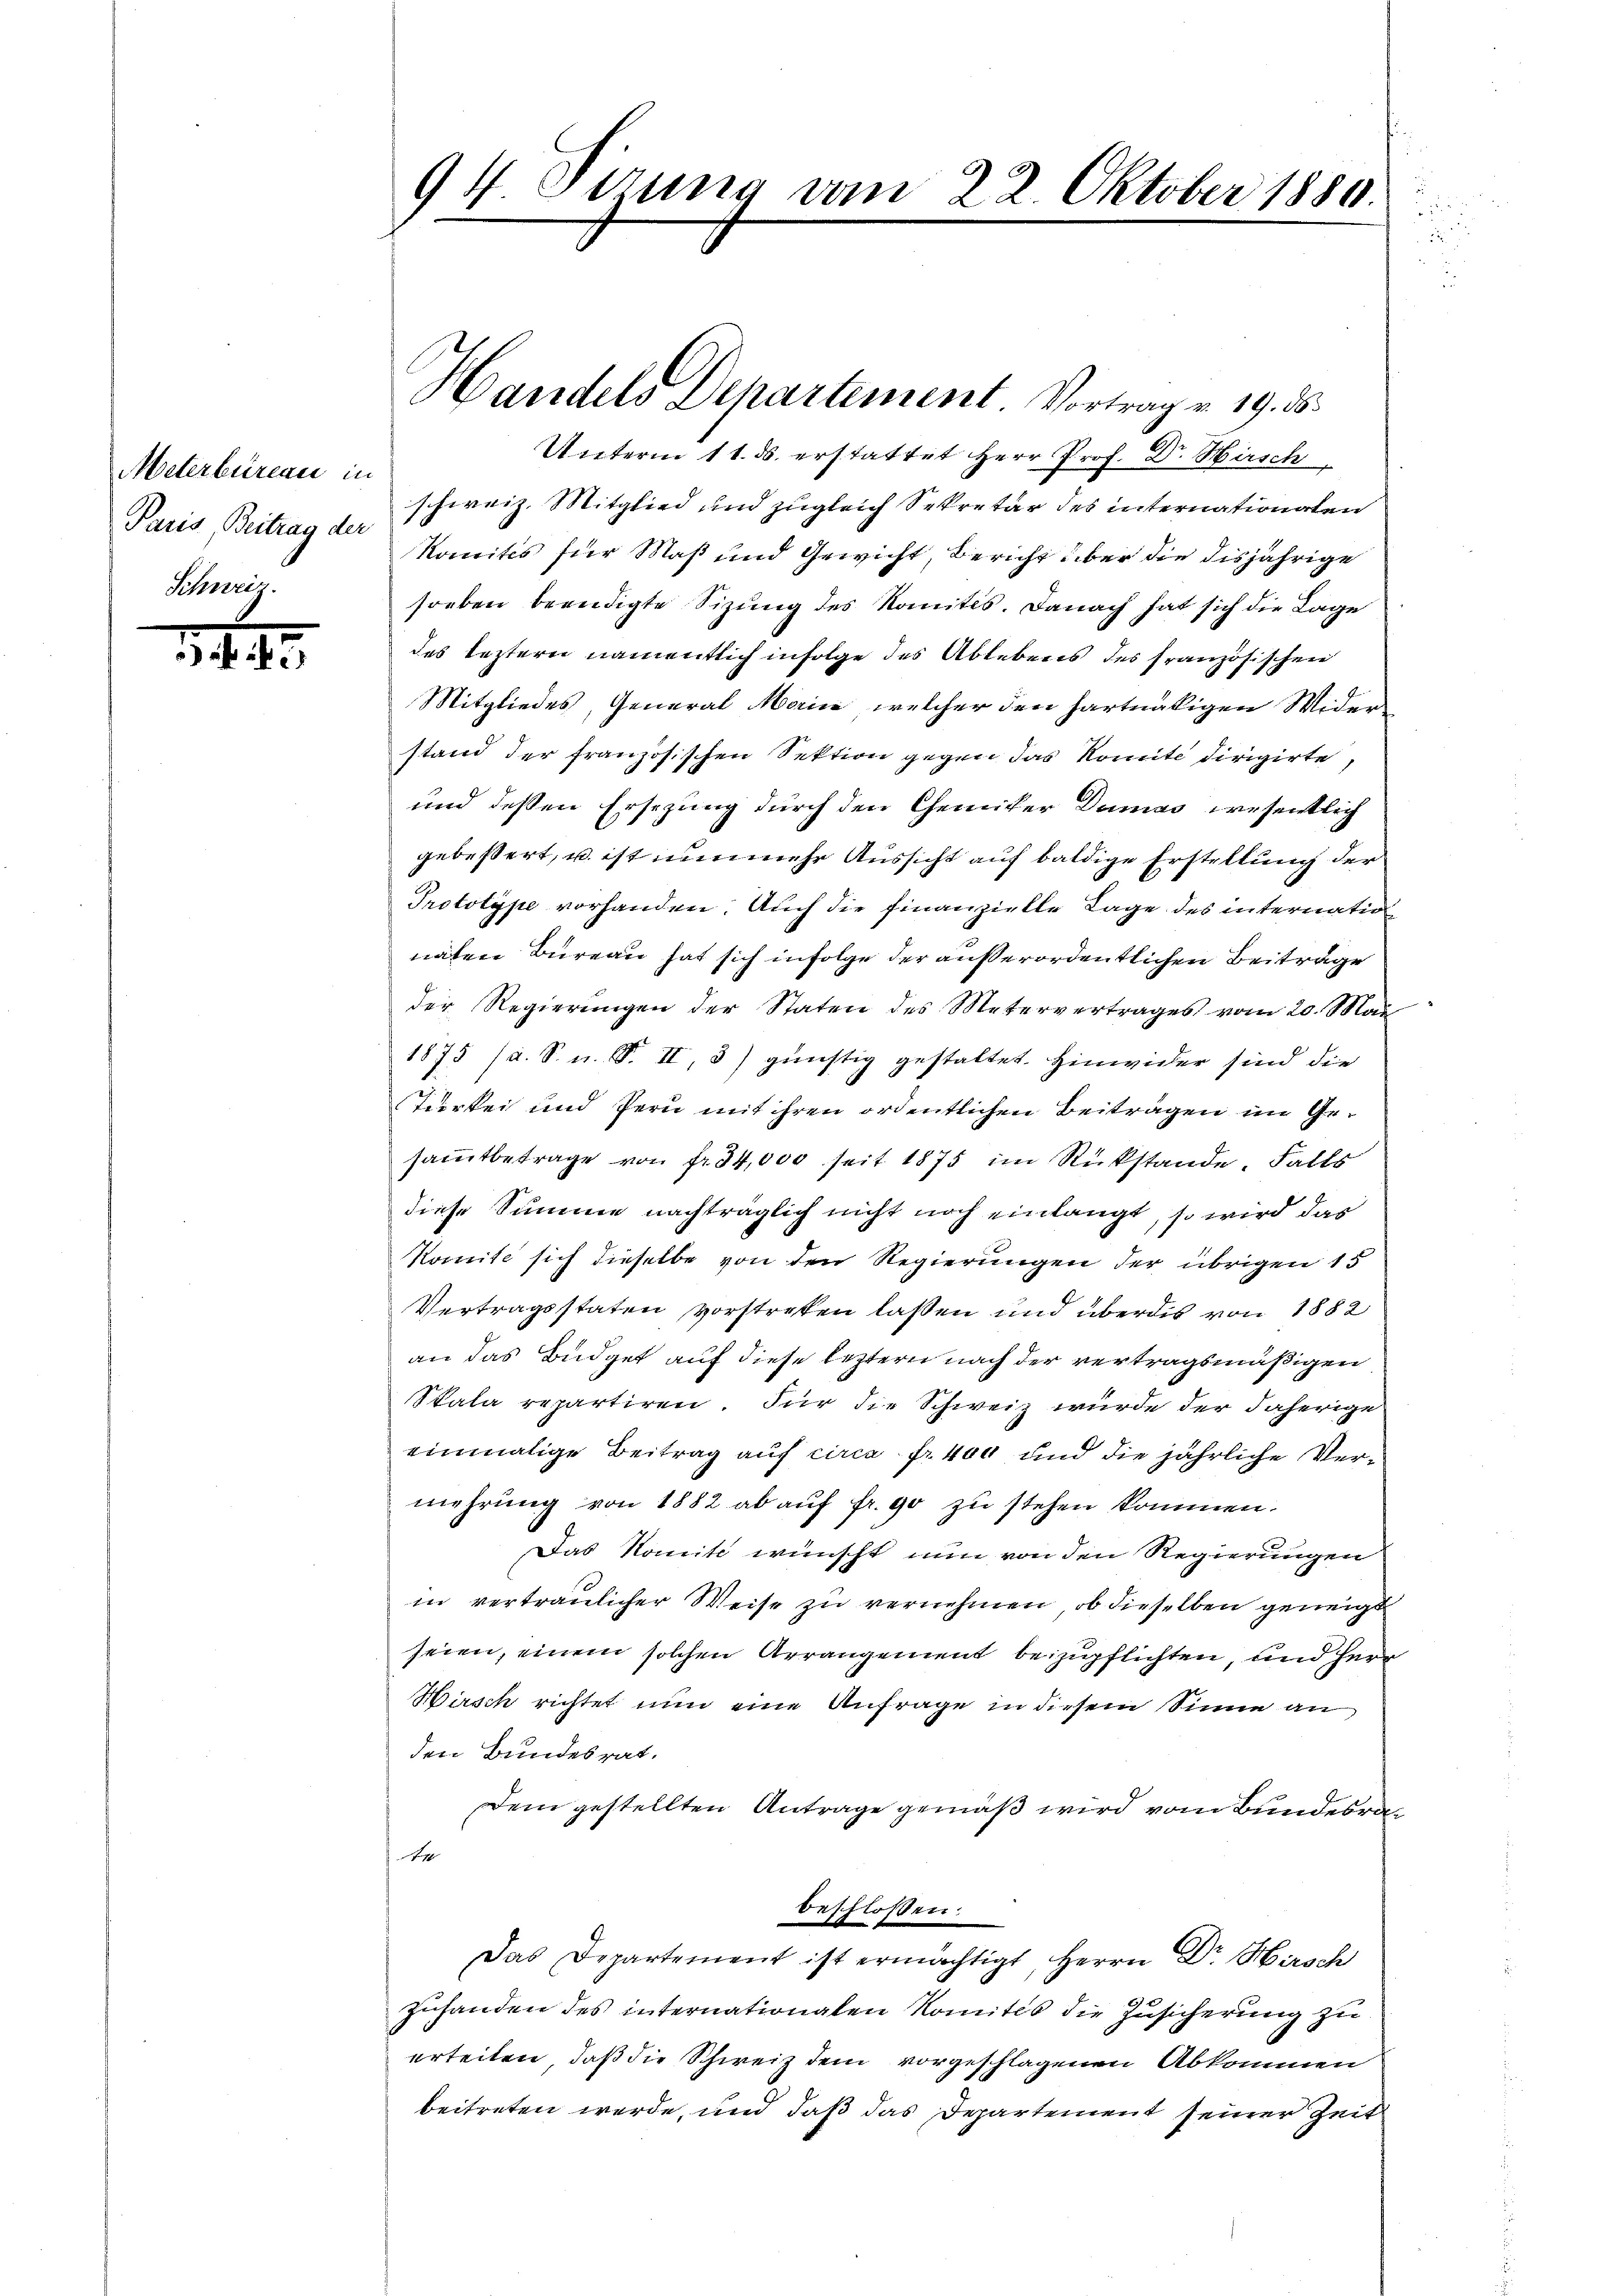
Meterbüreau in
Scheurig.

14. 41

Unterm 11. ds. erstattet Herr Prof. Dr. Hirsch
schweiz. Mitglied und zugleich Sekretär des internationalen
Paris, Beitrag der Komités für Maß und Gewicht, Bericht über die disjährige
soeben beendigte Sizung des Komites. Danach hat sich die Lage
des leztern namentlich infolge des Ablebens des französischen
Mitgliedes, General Marin, welcher den hartnätigen Wider
stand der französischen Sektion gegen das Komite dirigirte,
und deßen Ersezung durch den Chemiker Damas wesentlich
gebessert, u. ist nunmehr Aussicht auf baldige Erstellung der
Prototype vorhanden. Auch die finanzielle Lage des internatio
naten Bureau hat sich infolge der außerordentlichen Beiträge
der Regierŭngen der Staten des Metervertrages vom 20. Mai.
1875 (a. S. n. F. II, 3) günstig gestaltet. Hinwider sind die
Turtei und fern mit ihren ordentlichen Beitragen im Gesammtbetrage von fr. 34,000 seit 1875 im Rückstande. Falls
diese Summe nachträglich nicht noch einlangt, so wird das
Komite sich dieselbe von den Regierungen der übrigen 15
Vertragsstaten vorstreten laßen und überdis von 1882
an das Büdget auf diese leztern nach der vertragsmäßigen
Skala repartiren. Für die Schweiz wurde der Fäherige
einmalige Beitrag auf circa Fr. 400 und die jährliche Vermehrung von 1882 ab auf fr. 90 zu stehen kommen.
Das Komite wünscht nun von den Regierungen
in vertraulicher Weise zu vernehmen, ob dieselben geneigt
seien, einem solchen Arrangement beizupflichten, und Herr
Würsch richtet nun eine Anfrage in diesem Sinne an
den Bundesrat.
Dem gestellten Antrage gemäß wird vom Bundesra¬
7
beschlossen:
Das Departement ist ermächtigt, Herrn Dr. Hirsch
zuhanden des internationalen Komites die Zusicherung zu
erteilen, daß die Schweiz dem vorgeschlagenen Abkommen
beitreten werde, und daß das Departement seiner Zeit

94 Sizung vom 22. Oktober 1880.

Handels Departement. Vortrag v. 19. d.